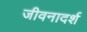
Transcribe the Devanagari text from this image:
जीवनादर्श